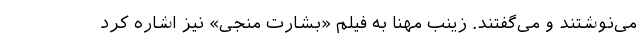
می‌نوشتند و می‌گفتند. زینب مهنا به فیلم «بشارت منجی» نیز اشاره کرد